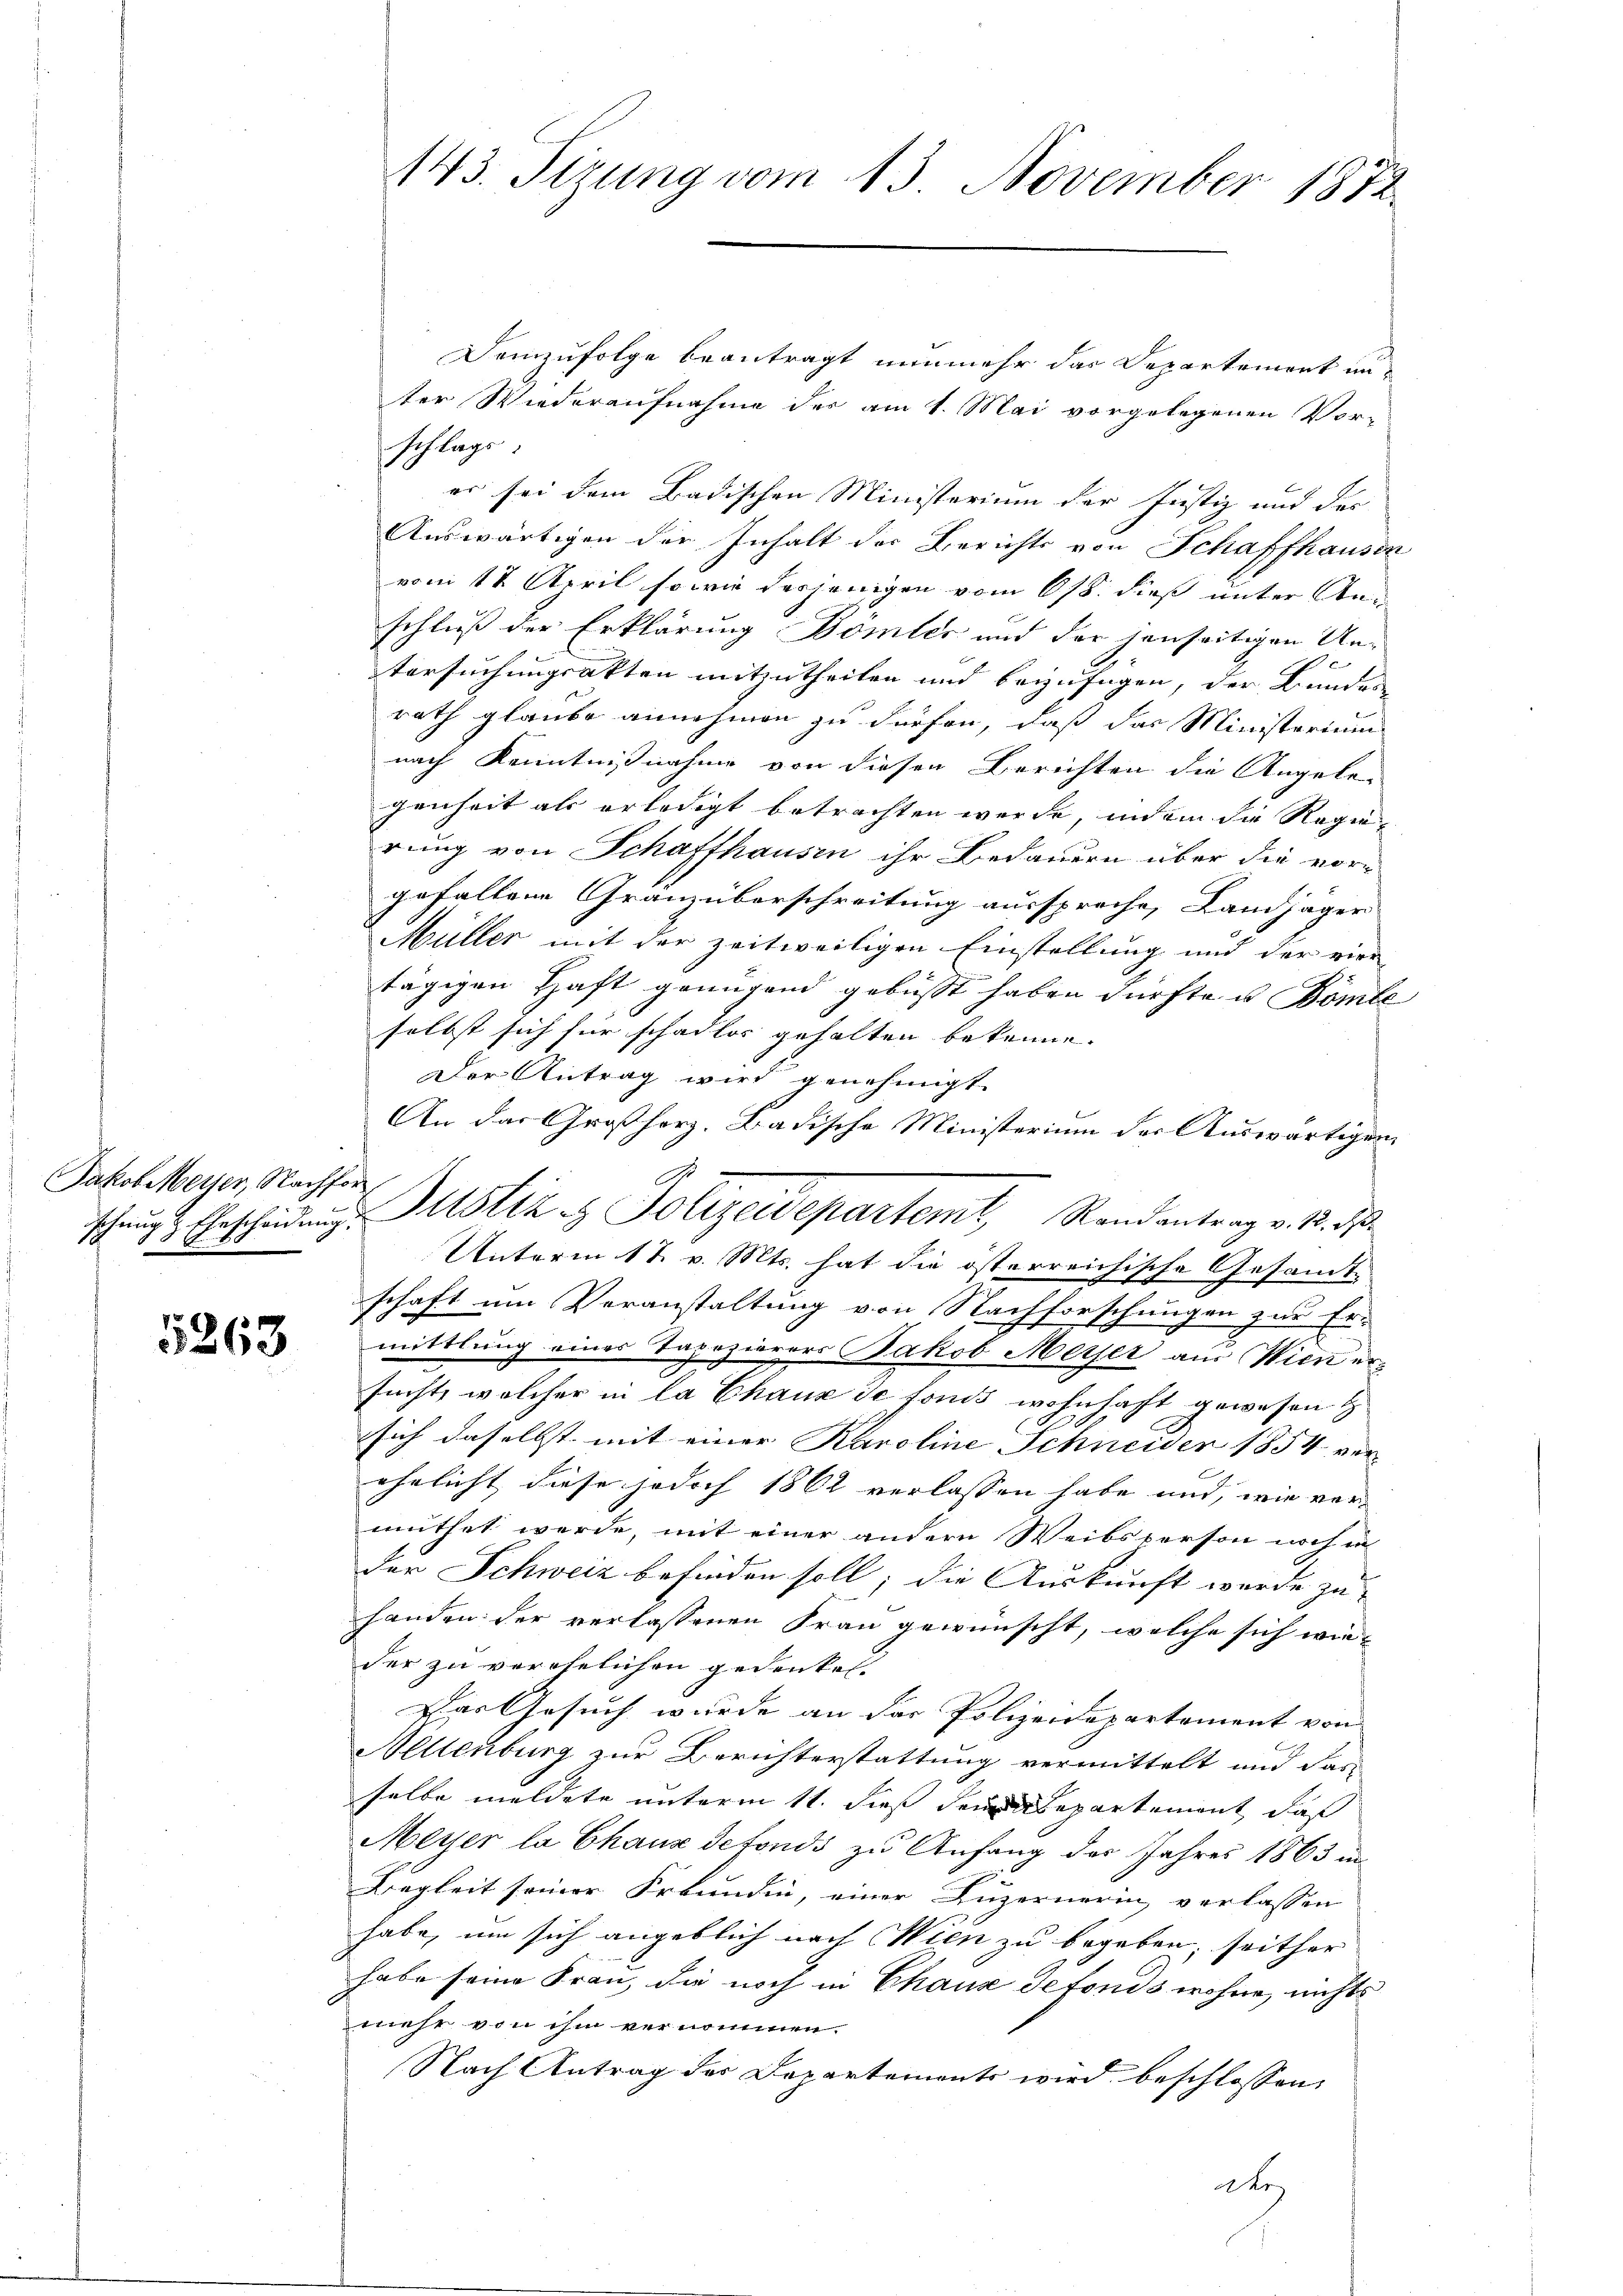
Jakob Meyer, Nachfor

5263

Demzufolge beantragt nunmehr das Departement un-
ter Wiederaufnahme der am 1. Mai vorgelegenen Vor-
schlags
es sei dem Badischen Ministerium der Justiz und des
Auswärtigen der Inhalt der Berichts von Schaffhausen
vom 12. April so wie derjenigen vom 6/8. dieß unter Anschluß der Erklärung Bömter und der jenseitigen Un¬
Versuchungsakten mitzutheilen und beizufügen, der Bundes
rath glaube annehmen zu dürfen, daß das Ministerium
nach Kenntnißnahme von diesen Berichten die Angele¬
Jenheit als erledigt betrachten werde, indem die Regierung von Schaffhausen ihr Bedauern über die vorgefallene Gränzüberschreitung ausspreche, Landjäger
Müller mit der zeitweiligen Einstellung und der vier
tägigen Haft genügend gebüsst haben dürfte u Bombe
selbst sich für schadlos gehalten bekenne.
Der Antrag wird genehmigt.
An das Großherz. Badische Ministerium der Auswärtigung
Ihrig & Erscheidung Mstiz & Polizeidepartemt, Rendantrag v. 12. ds.
Unterm 17. v. Mts. hat die österreichische Gesamt-
schaft um Veranstaltung von Nachforschungen zur Er-
mittlung eines Tapezierers Jakob Merser aus Wien ersucht, welcher in la Chaux de fonds wohnhaft gewesen
sich daselbst mit einer Karoline Schneider 1854 ver
ehelicht diese jedoch 1862 verlassen habe und, wie ver-
muthet werde, mit einer andern Weibsperson noch in
der Schweiz befinden soll; die Auskunft wurde zu
handen der verlassenen Frau gewünscht, welche sich wieder zu verehelichen gedenket.
Der Gesuch wurde an der Polizeidepartement von
Hellenburg zur Berichterstattung vermittelt und das
selbe meldete unterm 11. dieß dem Departement, daß
Meyer la Chaux detonds zu Anfang der Jahres 1863 in
6
Bragkeit seiner Freundin, einer Luzernerin, verlassen
habe, um sich angeblich nach Wien zu begeben, seither
habe seine Frau, die noch in Chaus detonds wohne, nichts
mehr von ihm vernommen.
Nach Antrag des Departements wird beschlossen,
e

143. Sizung vom 13. November 1872